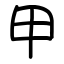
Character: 甲